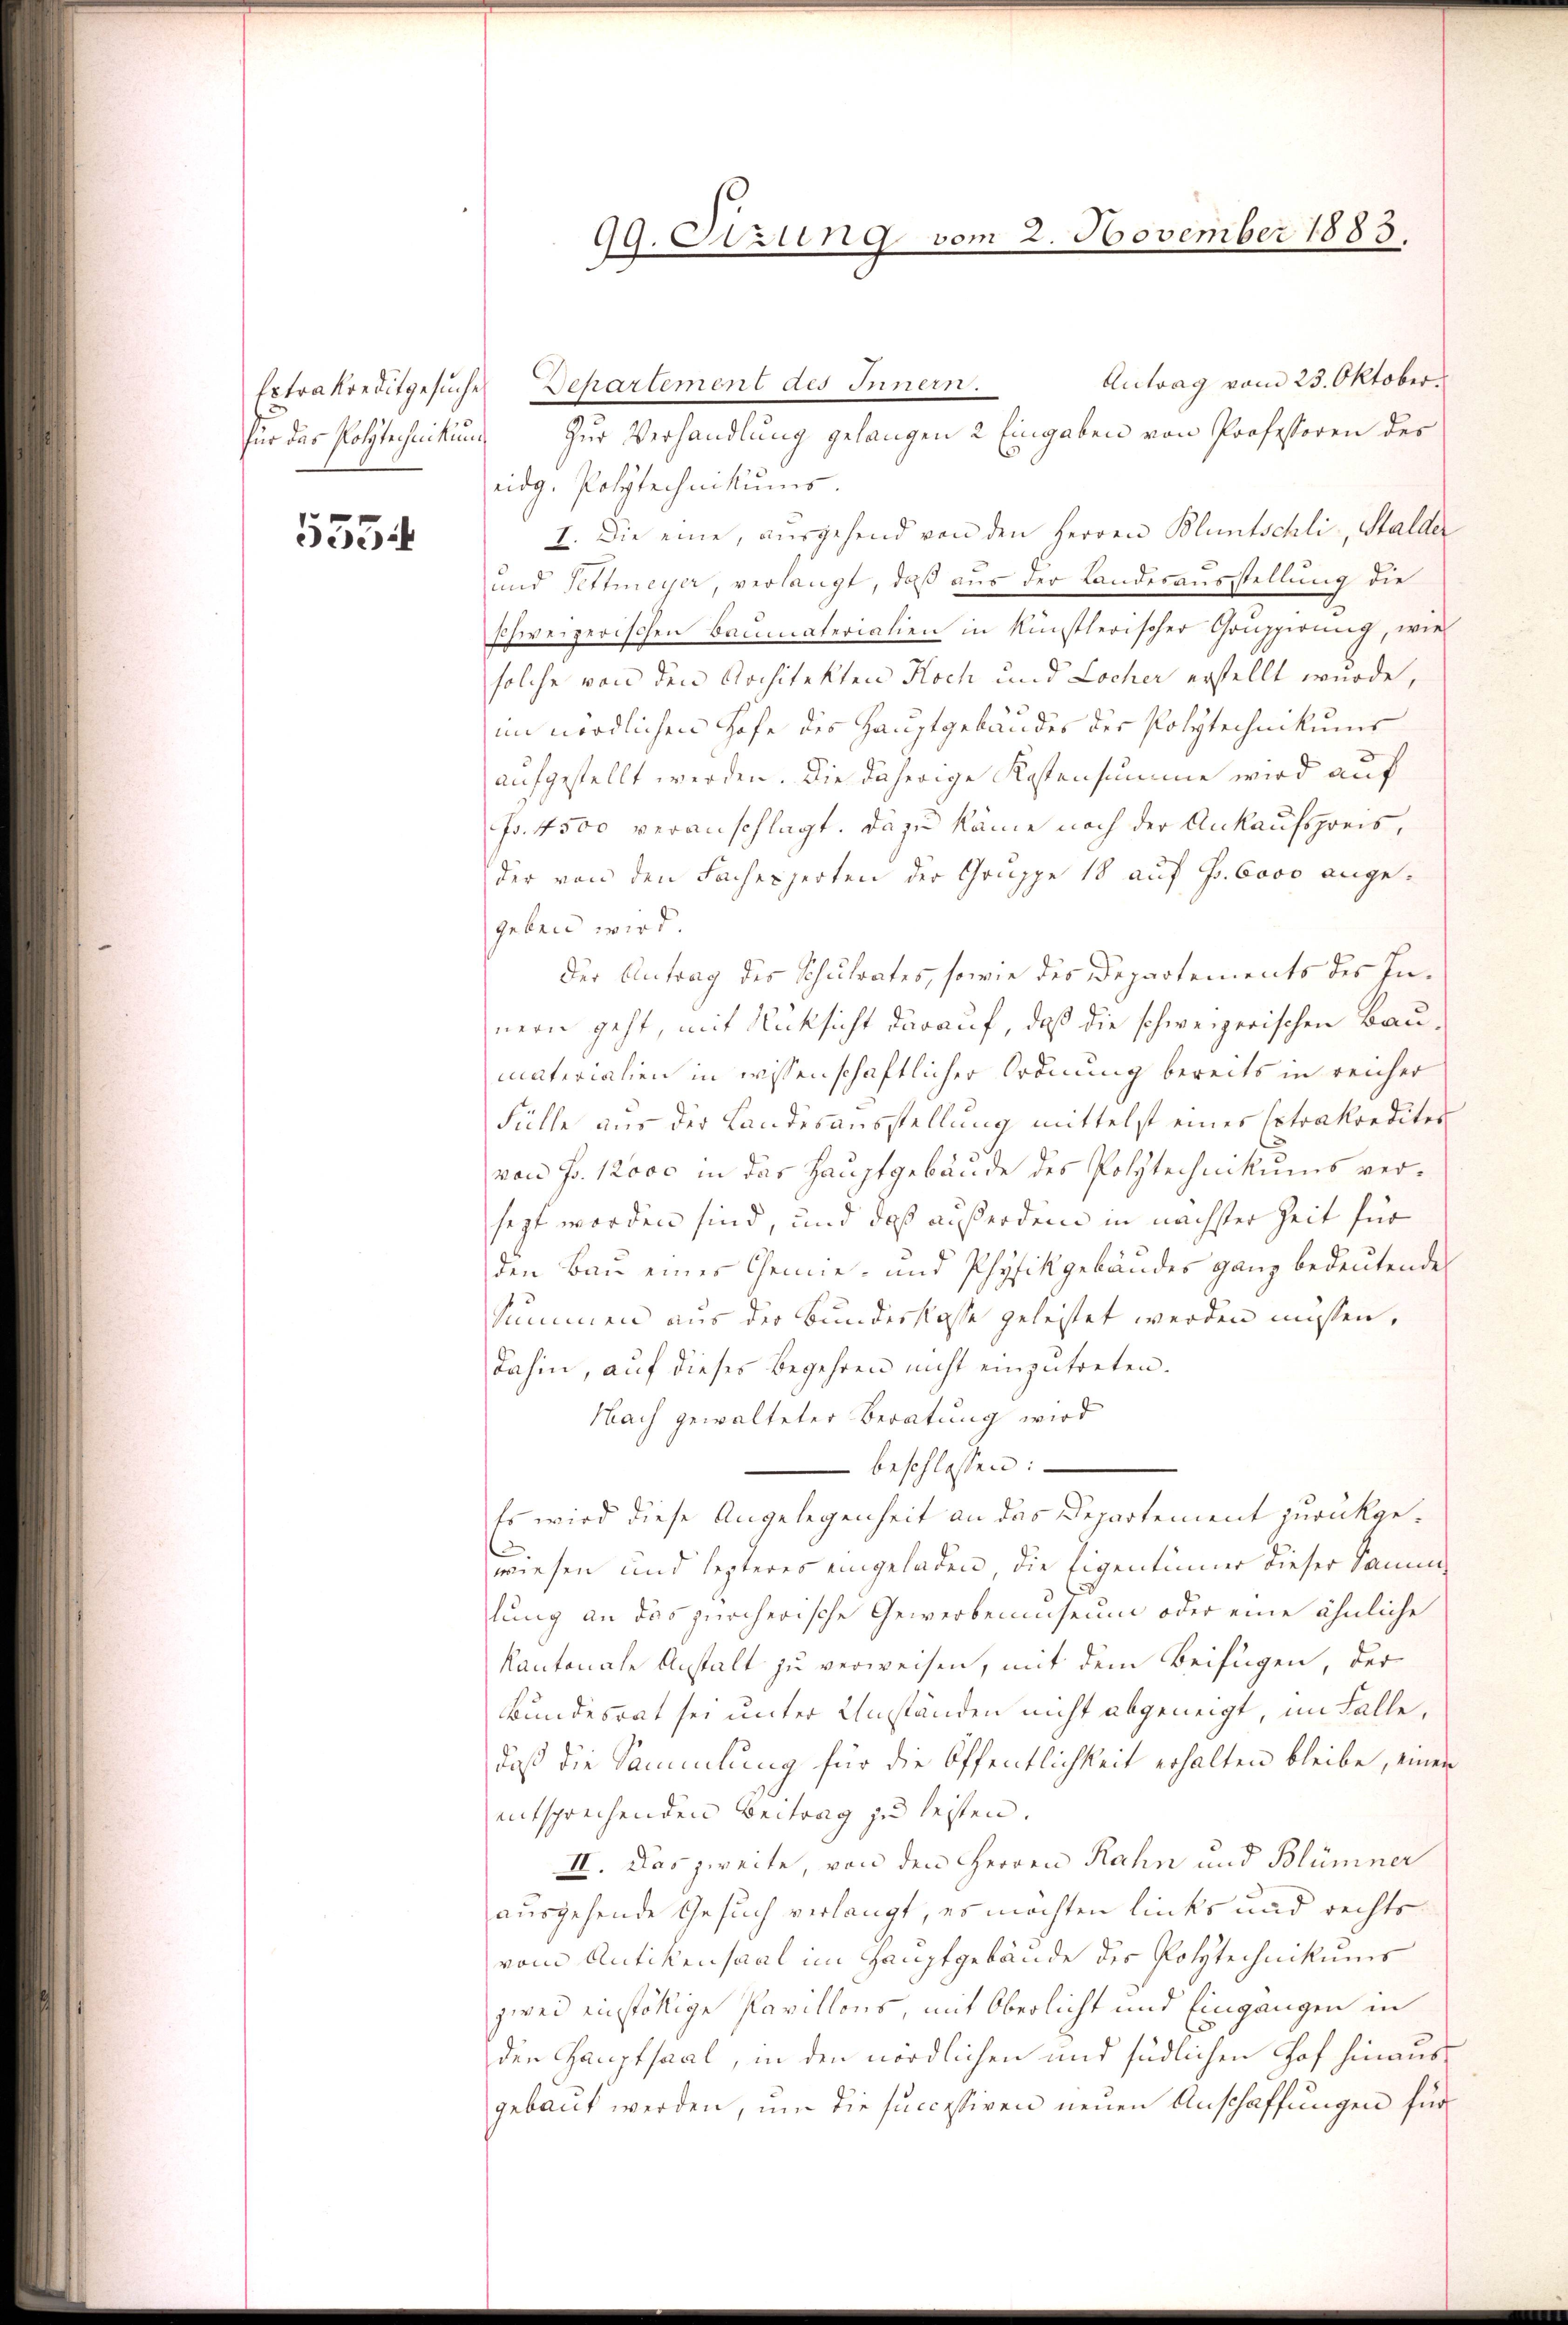
Extrakreditgesuche
für das Polytechnikum

5554

Antrag vom 23. Oktober.
Departement des Innern.
Zur Verhandlung gelangen 2 Eingaben von Professoren des
eidg. Polytechnikums.
I. Die eine, ausgehend von den Herren Bluntschli, Stalder
und Pettmeyer, verlangt, daß aus der Landesausstellung die
schweizerischen Baumaterialien in künstlerischer Gruppirung, wie
solche von den Architekten Koch und Locher erstellt wurde,
im nördlichen Höfe des Hauptgebäudes der Polytechnikums
aufgestellt werden. Die daherige Kostensumme wird auf
fr. 4500 veranschlagt. Dazu käme noch der Ankaufspreis,
der von den Fachesserten der Gruppe 18 auf Fr. 6000 angegeben wird.
der Antrag des Schulrates, sowie des Departements des Innern geht, mit Rücksicht darauf, daß die schweizerischen Baumaterialien in wissenschaftlicher Ordnung bereits in reicher
Fülle aus der Landesausstellung mittelst eines Extrakredites
von Fr. 12000 in das Hauptgebäude des Polytechnikums versagt worden sind, und daß außerdem in nächster Zeit für
den Bau eines Chemie- und Physikgebäudes ganz bedeutende
Summen aus der Bundesklasse geleistet werden müssen,
dahin, auf dieses Begehren nicht einzŭtreten.
Nach gewalteter Beratung wird
 beschlossen:
Es wird diese Angelegenheit an das Departement zurückgewiesen und lezteres eingeladen, die Eigentümer dieser Samm
lung an das zürcherische Gewerbenenseum oder eine ähnliche
kantonale Anstalt zu verweisen, mit dem Beifügen, der
Bundesrat sei unter Umständen nicht abgeneigt, im Falle,
daß die Sammlung für die Öffentlichkeit erhalten bleibe, einer
entsprechenden Beitrag zu leisten.
II. Das zweite, von den Herren Rahn und Blümner
ausgehende Gesuch verlangt, es möchten links und rechts
vom Antikensaal im Hauptgebäude des Polytechnikums
zwei einstöllige Pavillons, mit Oberlicht und Eingangen in
den Gauptsaal, in den nördlichen und südlichen Hof hinausgebaut werden, um die successiven neuen Anschaffungen für

99. Sitzung vom 2. November 1885.